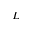
L